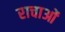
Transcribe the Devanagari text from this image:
राचाओं